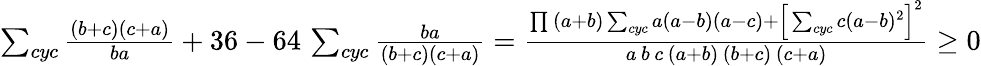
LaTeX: \begin{array}{r}{\sum_{cyc}{\frac{\left(b+c\right)\left(c+a\right)}{ba}}+36-64\, \sum_{cyc}{\frac{ba}{\left(b+c\right)\left(c+a\right)}}=\frac{\prod\, (a+b)\sum_{cyc}a(a-b)(a-c)+\Big[\sum_{cyc}c(a-b)^{2}\Big]^{2}}{a\, b\, c\, (a+b)\, (b+c)\, (c+a)}\geq 0}\end{array}